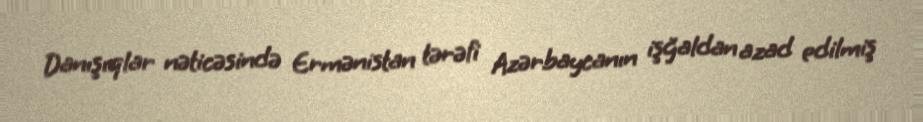
Danışıqlar nəticəsində Ermənistan tərəfi Azərbaycanın işğaldan azad edilmiş